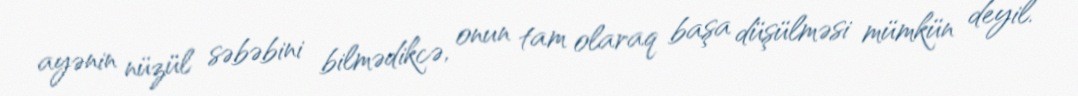
ayənin nüzül səbəbini bilmədikcə, onun tam olaraq başa düşülməsi mümkün deyil.